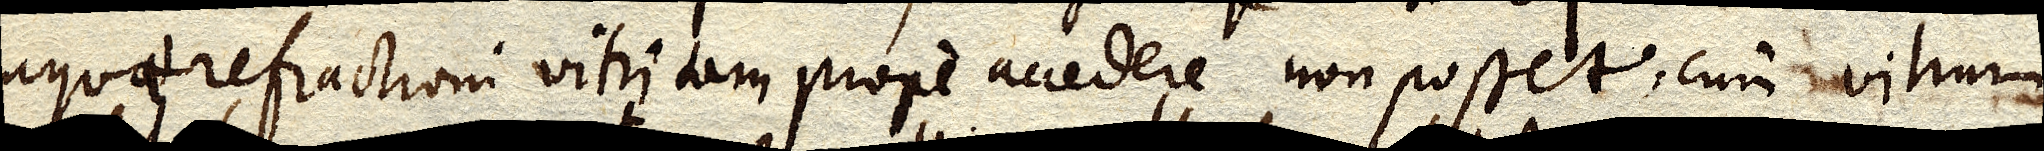
aquae refractioni vitri tam prope accedere non posset, cum vitrum